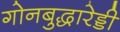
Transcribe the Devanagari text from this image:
गोनबुद्धारेड्डी